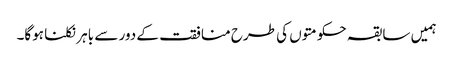
ہمیں سابقہ حکومتوں کی طرح منافقت کے دور سے باہر نکلنا ہوگا۔